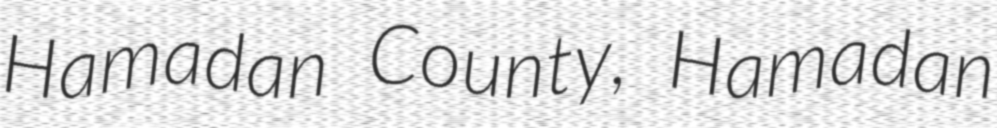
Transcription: Hamadan County, Hamadan